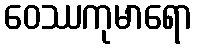
ဝေဿကုမာရော